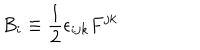
LaTeX: B _ { i } \equiv \frac { 1 } { 2 } \epsilon _ { i j k } F ^ { j k }